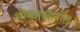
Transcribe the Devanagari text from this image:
ओब्लास्तातील